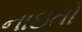
નાઇતો